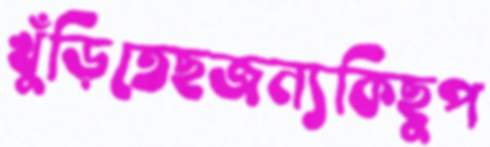
খুঁড়িতেছজন্যকিছুপ